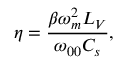
\eta = \frac { \beta \omega _ { m } ^ { 2 } L _ { V } } { \omega _ { 0 0 } C _ { s } } ,